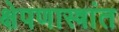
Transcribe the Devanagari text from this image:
क्षेपणास्त्रांत